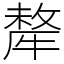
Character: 犛